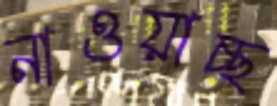
নাওয়াচ্ছ